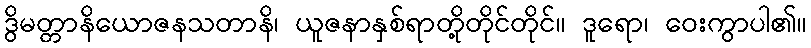
ဒွိမတ္တာနိယောဇနသတာနိ၊ ယူဇနာနှစ်ရာတို့တိုင်တိုင်။ ဒူရော၊ ဝေးကွာပါ၏။